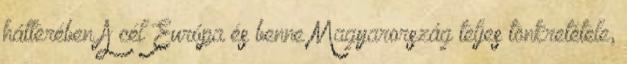
hátterében A cél Európa és benne Magyarország teljes tönkretétele,